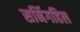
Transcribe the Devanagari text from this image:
सनिंगहिल